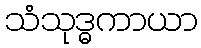
သံသုဒ္ဓကာယာ